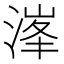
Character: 溄